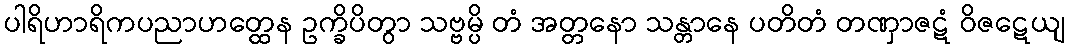
ပါရိဟာရိကပညာဟတ္ထေန ဥက္ခိပိတွာ သဗ္ဗမ္ပိ တံ အတ္တနော သန္တာနေ ပတိတံ တဏှာဇဋံ ဝိဇဋေယျ